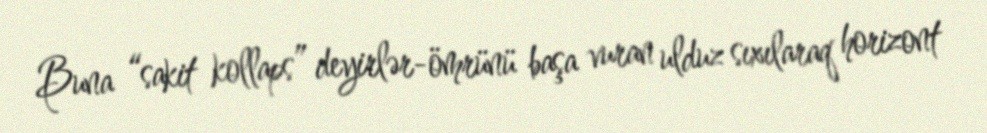
Buna “sakit kollaps” deyirlər-ömrünü başa vuran ulduz sıxılaraq horizont